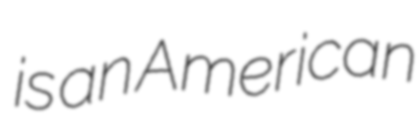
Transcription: is an American